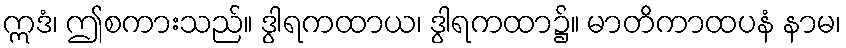
ဣဒံ၊ ဤစကားသည်။ ဒွါရကထာယ၊ ဒွါရကထာ၌။ မာတိကာထပနံ နာမ၊